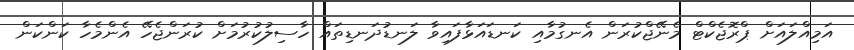
އަމިއްލައަށް ޕްރޮޖެކްޓް މެނޭޖްކުރަން އެނގުމާއި ކަނޑައަޅާފައިވާ ލަނޑުދަނޑިތައް ހާސިލުކުރުމަށް ކުރަންޖެހޭ އެންމެހާ ކަންކަން